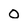
Character: O